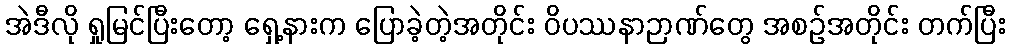
အဲဒီလို ရှုမြင်ပြီးတော့ ရှေ့နားက ပြောခဲ့တဲ့အတိုင်း ဝိပဿနာဉာဏ်တွေ အစဉ်အတိုင်း တက်ပြီး